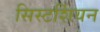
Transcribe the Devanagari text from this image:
सिस्टर्शियन